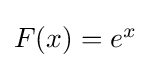
{\textstyle F(x)=e^{x}}